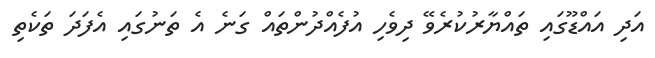
އަދި އައްޑޫގައި ތައްޔާރުކުރެވޭ ދިވެހި އުފެއްދުންތައް ގަނެ އެ ތަނުގައި އެފަދަ ތަކެތި